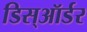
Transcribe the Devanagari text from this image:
डिस्ऑर्डर